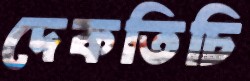
দেকতিচি